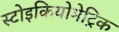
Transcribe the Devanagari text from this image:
स्टोइकियोमेट्रिक